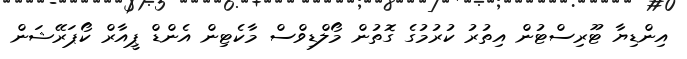
އިންޑިޔާ ޓޫރިސްޓުން އިތުރު ކުރުމުގެ ގޮތުން މޯލްޑިވްސް މާކެޓިން އެންޑް ޕީއާރް ކޯޕަރޭޝަން